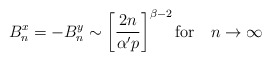
\begin{align*}B^x_n = -B^y_n \sim \left[ \frac{2n}{\alpha' p} \right]^{\beta - 2} \mathrm{for}\quad n \rightarrow \infty\end{align*}